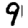
Digit: 9